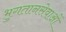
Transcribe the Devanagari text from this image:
भुगतानसेवाओं